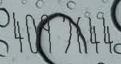
409 2644